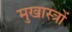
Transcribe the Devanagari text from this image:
मुखास्त्रों